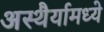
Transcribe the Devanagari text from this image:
अस्थैर्यामध्ये